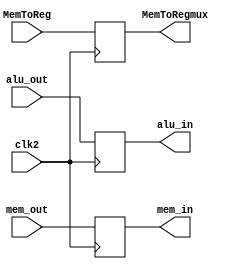
`timescale 1ns/1ns

module L4 (alu_in, mem_in, MemToRegmux, alu_out, mem_out, MemToReg, clk2);

input [7:0] alu_out, mem_out;
input MemToReg, clk2;

output reg [7:0] alu_in, mem_in;
output reg MemToRegmux;

reg [7:0] L4_alu_out, L4_mem_out;
reg L4_MemToReg;

always @(*) begin
    L4_alu_out <= alu_out;
    L4_mem_out <= mem_out;
    L4_MemToReg <= MemToReg;
    
end

always @(posedge clk2) begin
    alu_in <= L4_alu_out;
    mem_in <= L4_mem_out;
    MemToRegmux <= L4_MemToReg;
end
    
endmodule